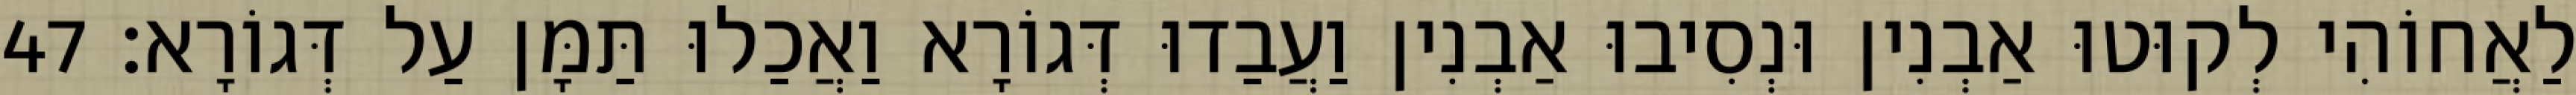
לַאֲחוֹהִי לְקוּטוּ אַבְנִין וּנְסִיבוּ אַבְנִין וַעֲבַדוּ דְּגוֹרָא וַאֲכַלוּ תַּמָּן עַל דְּגוֹרָא׃ 47